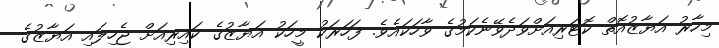
މިހާރު އަޔާޒުއޮތް ކޮޓަރިއަށްވަދެވޭނެކަމުގެ ވާހަކައެވެ. ފަހަރަކު މީހަކު އަޔާޒުގެ ކައިރިއަށް ޖެހިލައި އަޔާޒުގެ